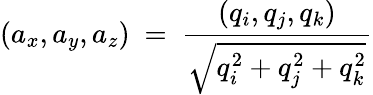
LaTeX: (a_{x},a_{y},a_{z})\ =\ {\frac{(q_{i},q_{j},q_{k})}{\sqrt{q_{i}^{2}+q_{j}^{2}+q_{k}^{2}}}}